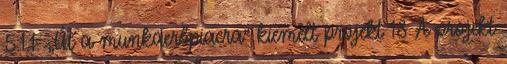
5.1.1. „Út a munkaerőpiacra” kiemelt projekt 18 A projekt